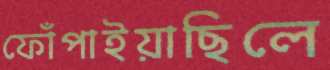
ফোঁপাইয়াছিলে